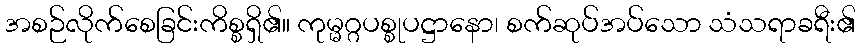
အစဉ်လိုက်စေခြင်းကိစ္စရှိ၏။ ကုမ္မဂ္ဂပစ္စုပဋ္ဌာနော၊ စက်ဆုပ်အပ်သော သံသရာခရီး၏